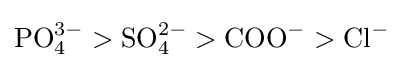
\mathrm {PO_{4}^{3-}>SO_{4}^{2-}>COO^{-}>Cl^{-}}